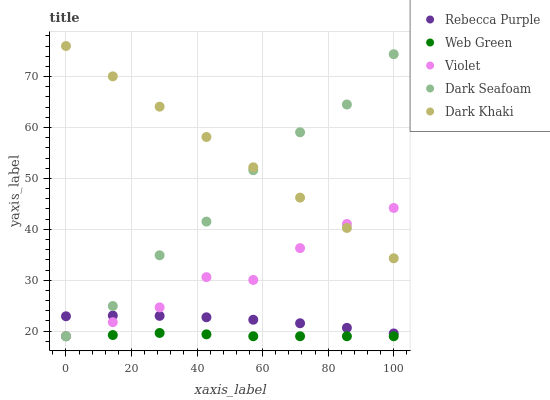
| xaxis_label | Rebecca Purple | Web Green | Violet | Dark Seafoam | Dark Khaki |
 | --- | --- | --- | --- | --- | --- |
 | 0 | 22.9 | 19 | 19 | 19 | 76 |
 | 14.3 | 23.1 | 19.2 | 21.8 | 24.9 | 70 |
 | 28.6 | 23 | 19.6 | 24.7 | 34.9 | 64.1 |
 | 42.9 | 22.7 | 19.4 | 30.6 | 41.5 | 58.1 |
 | 57.1 | 22.2 | 19 | 30.1 | 51.6 | 52.2 |
 | 71.4 | 21.6 | 19 | 36.3 | 59.1 | 46.2 |
 | 85.7 | 20.7 | 19 | 41.1 | 64.5 | 40.3 |
 | 100 | 19.5 | 19 | 44.2 | 74.4 | 34.3 |